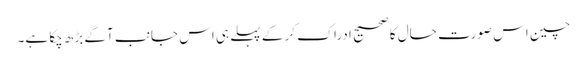
چین اس صورت حال کا صحیح ادراک کر کے پہلے ہی اس جانب آگے بڑھ چکا ہے۔